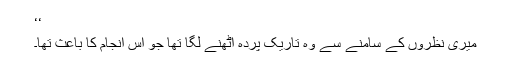
‘‘
میری نظروں کے سامنے سے وہ تاریک پردہ اٹھنے لگا تھا جو اس انجام کا باعث تھا۔